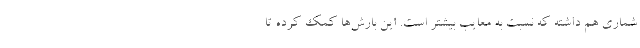
شماری هم داشته که نسبت به معایب بیشتر است. این بارش‌ها کمک کرده تا